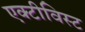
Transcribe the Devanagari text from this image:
एक्टीविस्ट